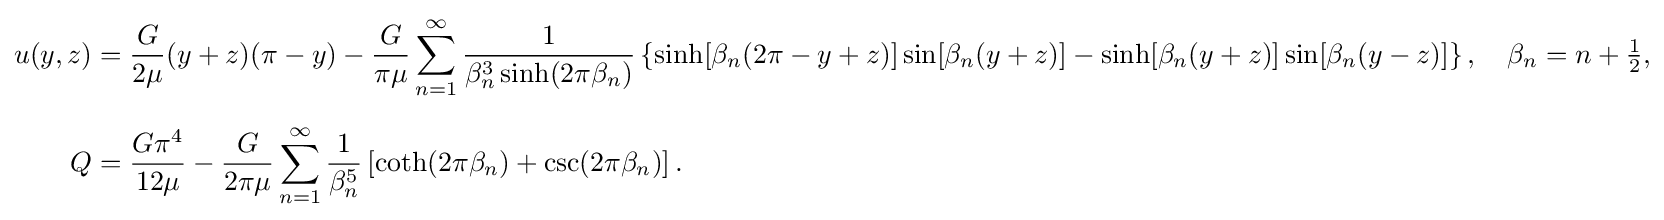
{\begin{aligned}u(y,z)&={\frac {G}{2\mu }}(y+z)(\pi -y)-{\frac {G}{\pi \mu }}\sum _{n=1}^{\infty }{\frac {1}{\beta _{n}^{3}\sinh(2\pi \beta _{n})}}\left\{\sinh[\beta _{n}(2\pi -y+z)]\sin[\beta _{n}(y+z)]-\sinh[\beta _{n}(y+z)]\sin[\beta _{n}(y-z)]\right\},\quad \beta _{n}=n+{\tfrac {1}{2}},\\[6pt]Q&={\frac {G\pi ^{4}}{12\mu }}-{\frac {G}{2\pi \mu }}\sum _{n=1}^{\infty }{\frac {1}{\beta _{n}^{5}}}\left[\coth(2\pi \beta _{n})+\csc(2\pi \beta _{n})\right].\end{aligned}}